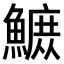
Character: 𫙴